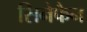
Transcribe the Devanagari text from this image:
सिनेफैन